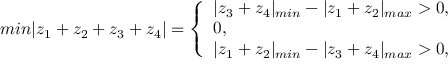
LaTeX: m i n | z _ { 1 } + z _ { 2 } + z _ { 3 } + z _ { 4 } | = \left\{ \begin{array} { l } { { | z _ { 3 } + z _ { 4 } | _ { m i n } - | z _ { 1 } + z _ { 2 } | _ { m a x } > 0 , } } \\ { { 0 , } } \\ { { | z _ { 1 } + z _ { 2 } | _ { m i n } - | z _ { 3 } + z _ { 4 } | _ { m a x } > 0 , } } \end{array} \right.